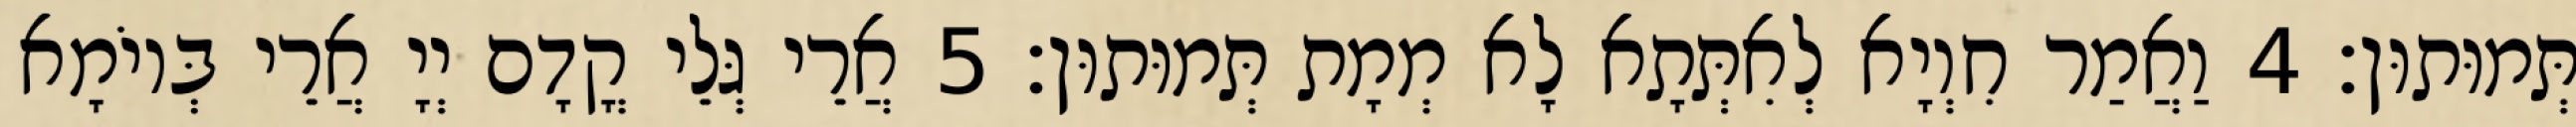
תְּמוּתוּן׃ 4 וַאֲמַר חִוְיָא לְאִתְּתָא לָא מְמָת תְּמוּתוּן׃ 5 אֲרֵי גְּלֵי קֳדָם יְיָ אֲרֵי בְּיוֹמָא